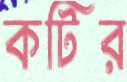
কটির